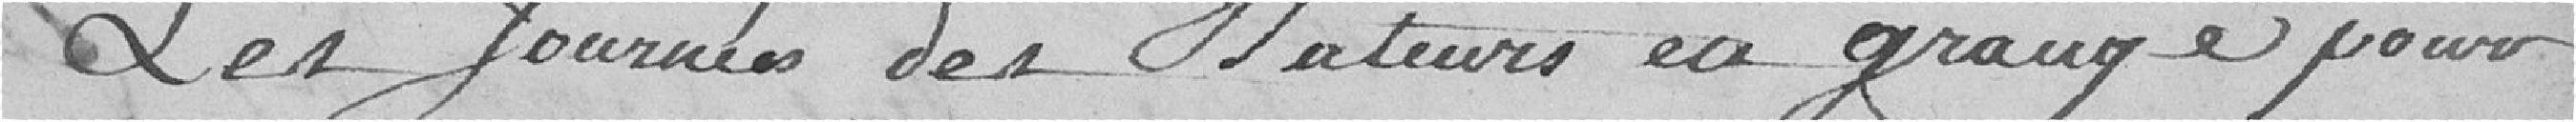
les journées des batteurs en grange pour